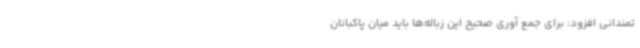
تمندانی افزود: برای جمع ‌آوری صحیح این زباله‌ها باید میان پاکبانان